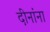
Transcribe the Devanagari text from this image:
दीनांना